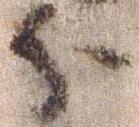
分